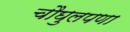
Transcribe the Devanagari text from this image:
चौघुलपणा